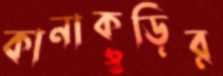
কানাকড়ির